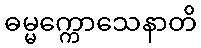
ဓမ္မက္ကောသေနာတိ